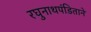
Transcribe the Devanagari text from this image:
रघुनाथपंडिताने